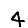
Digit: 4